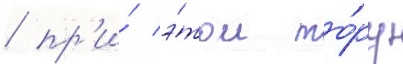
/ пр'и́ э́том то́ру